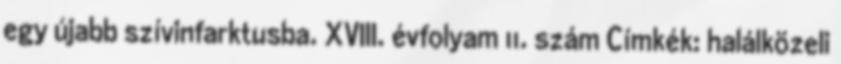
egy újabb szívinfarktusba. XVIII. évfolyam 11. szám Címkék: halálközeli